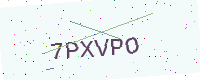
Text: 7PXVPO